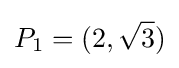
P_{1}=(2,{\sqrt {3}})